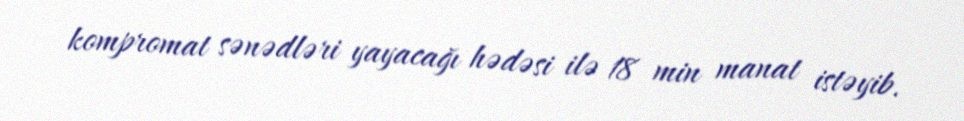
kompromat sənədləri yayacağı hədəsi ilə 18 min manat istəyib.